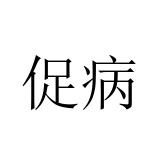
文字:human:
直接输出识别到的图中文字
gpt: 促病